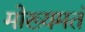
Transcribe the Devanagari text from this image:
मोख्यमतं